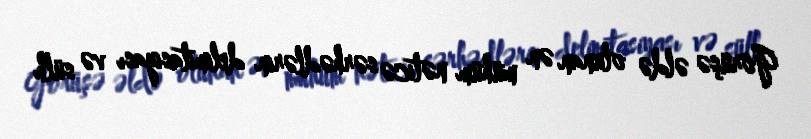
Görüşə əldə olunan ən mühüm nəticə sərhədlərin delimitasiyası və sülh